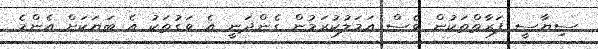
ސިޔާސީ ފަރާތްތަކުން ވެސް އަމަލުކުރަމުން ގެންދަނީ އެ ވަގުތަކު އެ ބަޔަކަށް އެންމެ